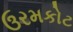
ઉરમકોટ